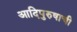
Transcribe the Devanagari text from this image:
आदिपुरुषाची